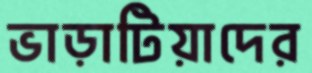
ভাড়াটিয়াদের